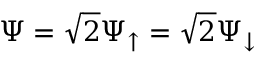
\Psi = { \sqrt 2 } \Psi _ { \uparrow } = { \sqrt 2 } \Psi _ { \downarrow }